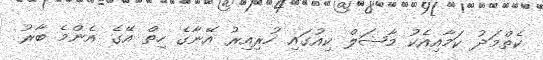
ކެތްމަދު ކަމާއިއެކު މާޝަލް ކިއުގައި ހުރިއިރު އޭނާގެ ހިތް އޭގެ އެންމެ ބާރު